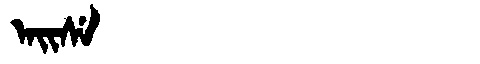
Manchu: ᠠᡳᠰᡝ
Romanization: AISE